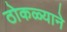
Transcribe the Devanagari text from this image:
ठोकळ्याने